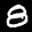
Label: 8